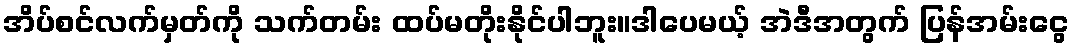
အိပ်စင်လက်မှတ်ကို သက်တမ်း ထပ်မတိုးနိုင်ပါဘူး။ဒါပေမယ့် အဲဒီအတွက် ပြန်အမ်းငွေ